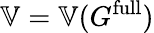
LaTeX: \mathbb{V}=\mathbb{V}(G^{\mathrm{full}})